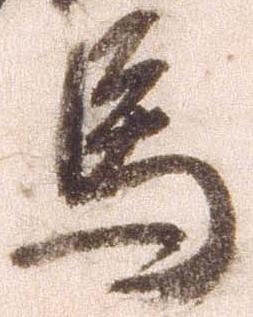
馬